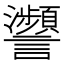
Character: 𧮝